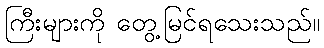
ကြီးများကို တွေ့မြင်ရသေးသည်။